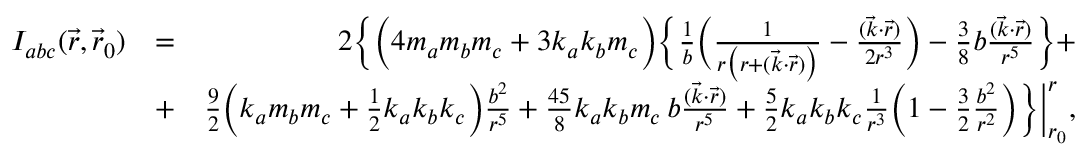
\begin{array} { r l r } { { \cal I } _ { a b c } ( \vec { r } , \vec { r } _ { 0 } ) } & { = } & { 2 \Big \{ \Big ( 4 m _ { a } m _ { b } m _ { c } + 3 k _ { a } k _ { b } m _ { c } \Big ) \Big \{ \frac { 1 } { b } \Big ( \frac { 1 } { r \big ( r + ( \vec { k } \cdot \vec { r } ) \big ) } - \frac { ( \vec { k } \cdot \vec { r } ) } { 2 r ^ { 3 } } \Big ) - { \textstyle \frac { 3 } { 8 } } b \frac { ( \vec { k } \cdot \vec { r } ) } { r ^ { 5 } } \Big \} + } \\ & { + } & { { \textstyle \frac { 9 } { 2 } } \Big ( k _ { a } m _ { b } m _ { c } + { \textstyle \frac { 1 } { 2 } } k _ { a } k _ { b } k _ { c } \Big ) \frac { b ^ { 2 } } { r ^ { 5 } } + { \textstyle \frac { 4 5 } { 8 } } k _ { a } k _ { b } m _ { c } \, b \frac { ( \vec { k } \cdot \vec { r } ) } { r ^ { 5 } } + { \textstyle \frac { 5 } { 2 } } k _ { a } k _ { b } k _ { c } \frac { 1 } { r ^ { 3 } } \Big ( 1 - { \textstyle \frac { 3 } { 2 } } \frac { b ^ { 2 } } { r ^ { 2 } } \Big ) \Big \} \Big | _ { r _ { 0 } } ^ { r } , } \end{array}